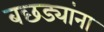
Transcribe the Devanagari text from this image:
बछड्यांना